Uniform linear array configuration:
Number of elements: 4
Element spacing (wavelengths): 0.75
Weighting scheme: hamming
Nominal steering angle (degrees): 15
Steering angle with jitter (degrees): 13.977
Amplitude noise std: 0.05
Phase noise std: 0.05

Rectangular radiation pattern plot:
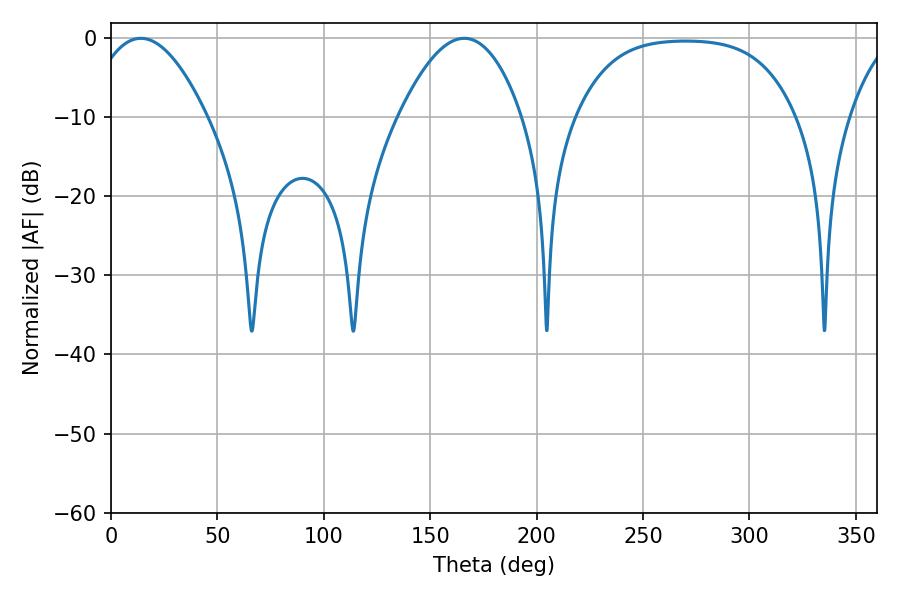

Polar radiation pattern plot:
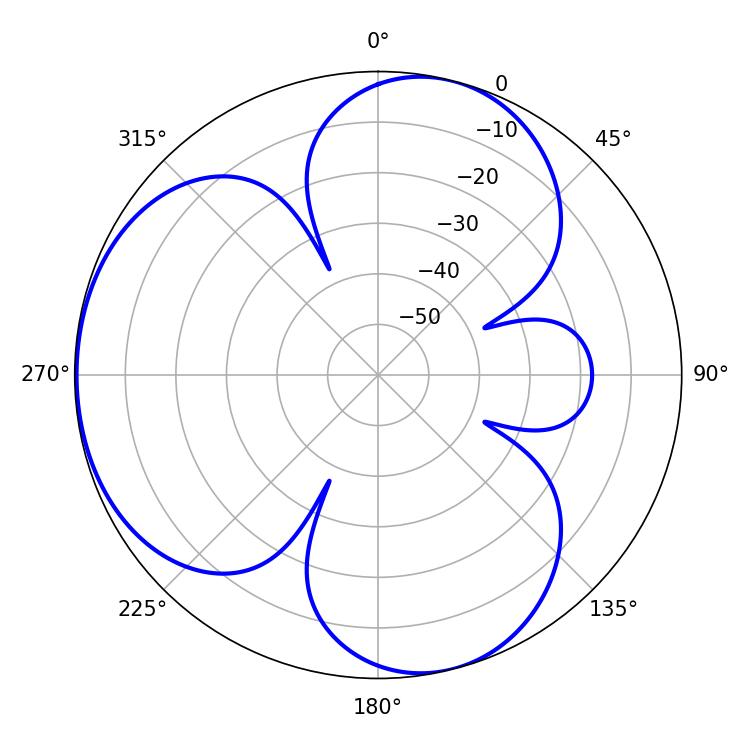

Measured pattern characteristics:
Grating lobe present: TRUE
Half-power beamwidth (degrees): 30.42
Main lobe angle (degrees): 14.04